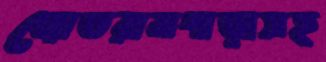
জোতরামপাড়াসহ